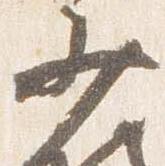
少